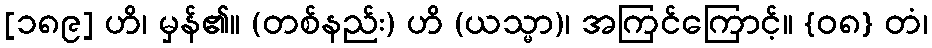
[၁၈၉] ဟိ၊ မှန်၏။ (တစ်နည်း) ဟိ (ယသ္မာ)၊ အကြင်ကြောင့်။ {၀၈} တံ၊